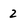
Character: 2